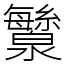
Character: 㶗